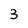
Character: 3